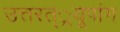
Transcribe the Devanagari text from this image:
उत्तरत््रयूपांग